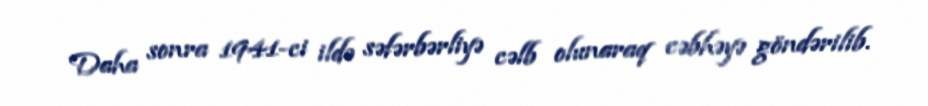
Daha sonra 1941-ci ildə səfərbərliyə cəlb olunaraq cəbhəyə göndərilib.